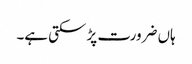
ہاں ضرورت پڑ سکتی ہے۔